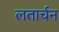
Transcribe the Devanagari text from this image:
लतार्चन